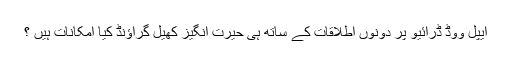
ایپل ووڈ ڈرائیو پر دونوں اطلاقات کے ساتھ ہی حیرت انگیز کھیل گراؤنڈ کیا امکانات ہیں ؟